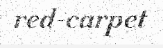
red-carpet